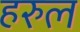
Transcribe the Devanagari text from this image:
हरुल